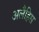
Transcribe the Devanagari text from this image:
अलैहिस